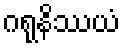
ဂရုနိဿယံ